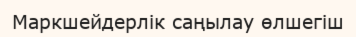
Маркшейдерлік саңылау өлшегіш